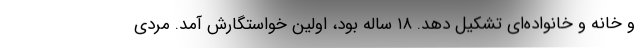
و خانه و خانواده‌ای تشکیل دهد. ١٨ ساله بود، اولین خواستگارش آمد. مردی